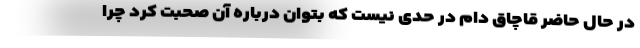
در حال حاضر قاچاق دام در حدی نیست که بتوان درباره آن صحبت کرد چرا